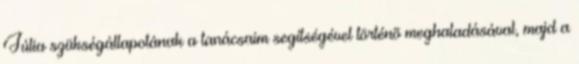
Júlia szükségállapotának a tanácsaim segítségével történõ meghaladásával, majd a